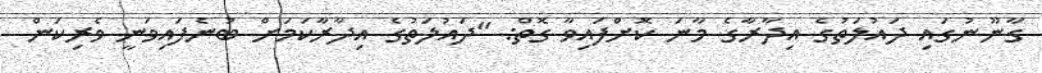
ގާނޫނުގައި ދައުލަތުގެ އިދާރާގެ މާނަ ކޮށްފައިވާ ގޮތް: "ދައުލަތުގެ އިދާރާކަމަށް ބުނެފައިވަނީ ވެރިކަން